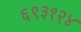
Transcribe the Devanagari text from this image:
६९३१२४